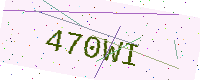
Text: 470WI